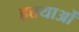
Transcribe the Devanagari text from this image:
हत्तयाओं